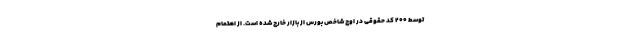
توسط ۲۰۰ کد حقوقی در اوج شاخص بورس از بازار خارج شده است. از اهتمام